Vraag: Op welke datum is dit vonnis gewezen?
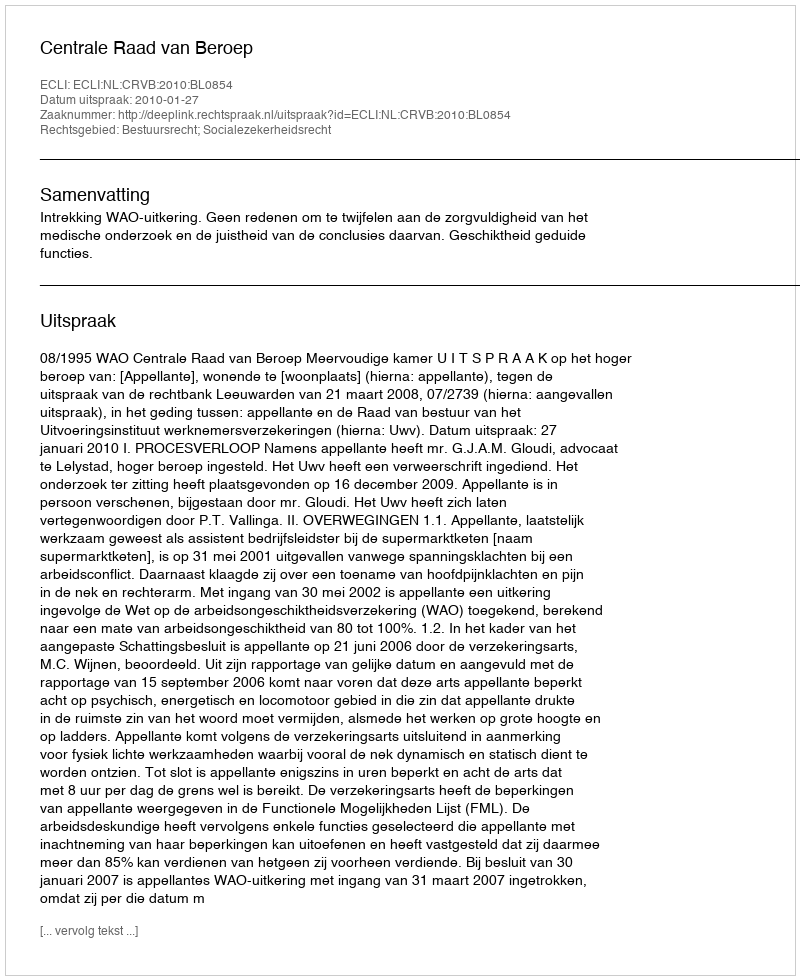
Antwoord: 2010-01-27